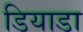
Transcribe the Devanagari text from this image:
डियाडा